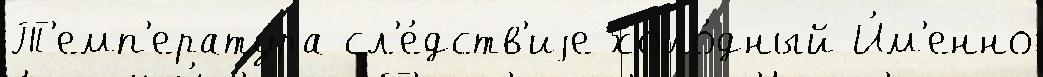
Т'емп'ерату́ра сл'е́дств'иjе холо́дный И́м'енно